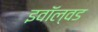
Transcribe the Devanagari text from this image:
इवॉल्वड